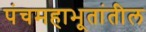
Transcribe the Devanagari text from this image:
पंचमहाभूतांतील